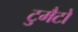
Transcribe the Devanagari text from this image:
टुमैटो